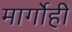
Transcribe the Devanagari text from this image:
मार्गोही